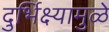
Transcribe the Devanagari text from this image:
दुर्भिक्ष्यामुळे